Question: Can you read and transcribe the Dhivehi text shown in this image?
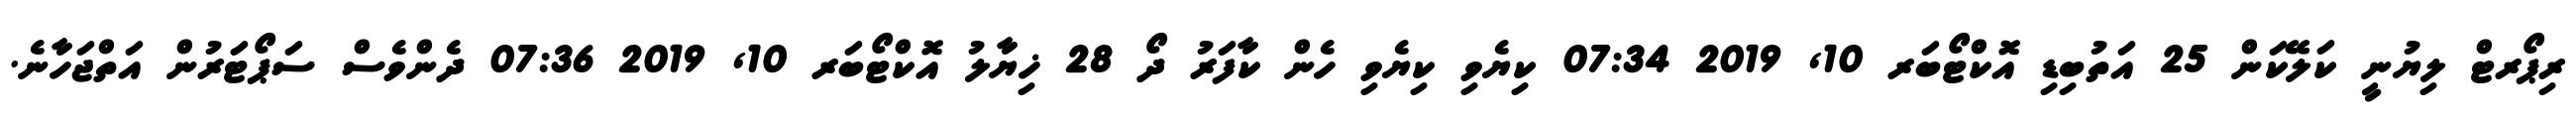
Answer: ރިޕޯރޓް ލިޔުނީ ކަލޭކަން 25 އަތުބިޑި އޮކްޓޯބަރ 10, 2019 07:34 ކިޔެވި ކިޔެވި ހެން ކާފަރު ދޯ 28 ޚިޔާލު އޮކްޓޯބަރ 10, 2019 07:36 ދެންވެސް ސަޕޯޓަރުން އަތްޖަހާނެ.